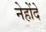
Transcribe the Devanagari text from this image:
नेहोंदे